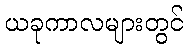
ယခုကာလများတွင်